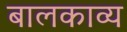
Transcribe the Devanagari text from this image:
बालकाव्य